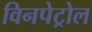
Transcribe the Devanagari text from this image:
विनपेट्रोल